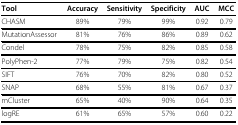
<table><thead><tr><td><b>Tool</b></td><td><b>Accuracy</b></td><td><b>Sensitivity</b></td><td><b>Specificity</b></td><td><b>AUC</b></td><td><b>MCC</b></td></tr></thead><tbody><tr><td>CHASM</td><td>89%</td><td>79%</td><td>99%</td><td>0.92</td><td>0.79</td></tr><tr><td>MutationAssessor</td><td>81%</td><td>76%</td><td>86%</td><td>0.89</td><td>0.62</td></tr><tr><td>Condel</td><td>78%</td><td>75%</td><td>82%</td><td>0.85</td><td>0.58</td></tr><tr><td>PolyPhen-2</td><td>77%</td><td>79%</td><td>75%</td><td>0.82</td><td>0.54</td></tr><tr><td>SIFT</td><td>76%</td><td>70%</td><td>82%</td><td>0.80</td><td>0.52</td></tr><tr><td>SNAP</td><td>68%</td><td>55%</td><td>81%</td><td>0.67</td><td>0.37</td></tr><tr><td>mCluster</td><td>65%</td><td>40%</td><td>90%</td><td>0.64</td><td>0.35</td></tr><tr><td>logRE</td><td>61%</td><td>65%</td><td>57%</td><td>0.60</td><td>0.22</td></tr></tbody></table>